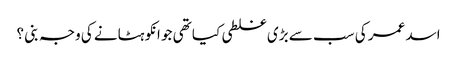
اسد عمر کی سب سے بڑی غلطی کیا تھی جو انکو ہٹانے کی وجہ بنی ؟